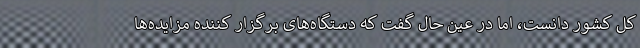
کل کشور دانست، اما در عین حال گفت که دستگاه‌های برگزار کننده مزایده‌ها